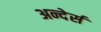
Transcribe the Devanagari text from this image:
अन्देर्स